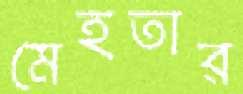
মেহতার